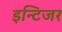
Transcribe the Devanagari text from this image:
इन्टिजर